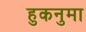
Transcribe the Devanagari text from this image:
हुकनुमा